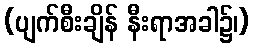
(ပျက်စီးချိန် နီးရာအခါ၌၊)